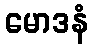
မောဒနံ